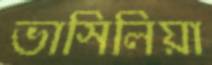
ভাসিলিয়া